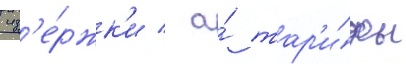
изд'е́ржк'и / а́ тар'и́фы